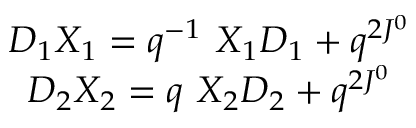
\begin{array} { c } { { D _ { 1 } X _ { 1 } = q ^ { - 1 } \ X _ { 1 } D _ { 1 } + q ^ { 2 J ^ { 0 } } } } \\ { { D _ { 2 } X _ { 2 } = q \ X _ { 2 } D _ { 2 } + q ^ { 2 J ^ { 0 } } } } \end{array}